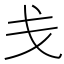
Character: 戋